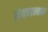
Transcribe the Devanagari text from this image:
संबधात्मक